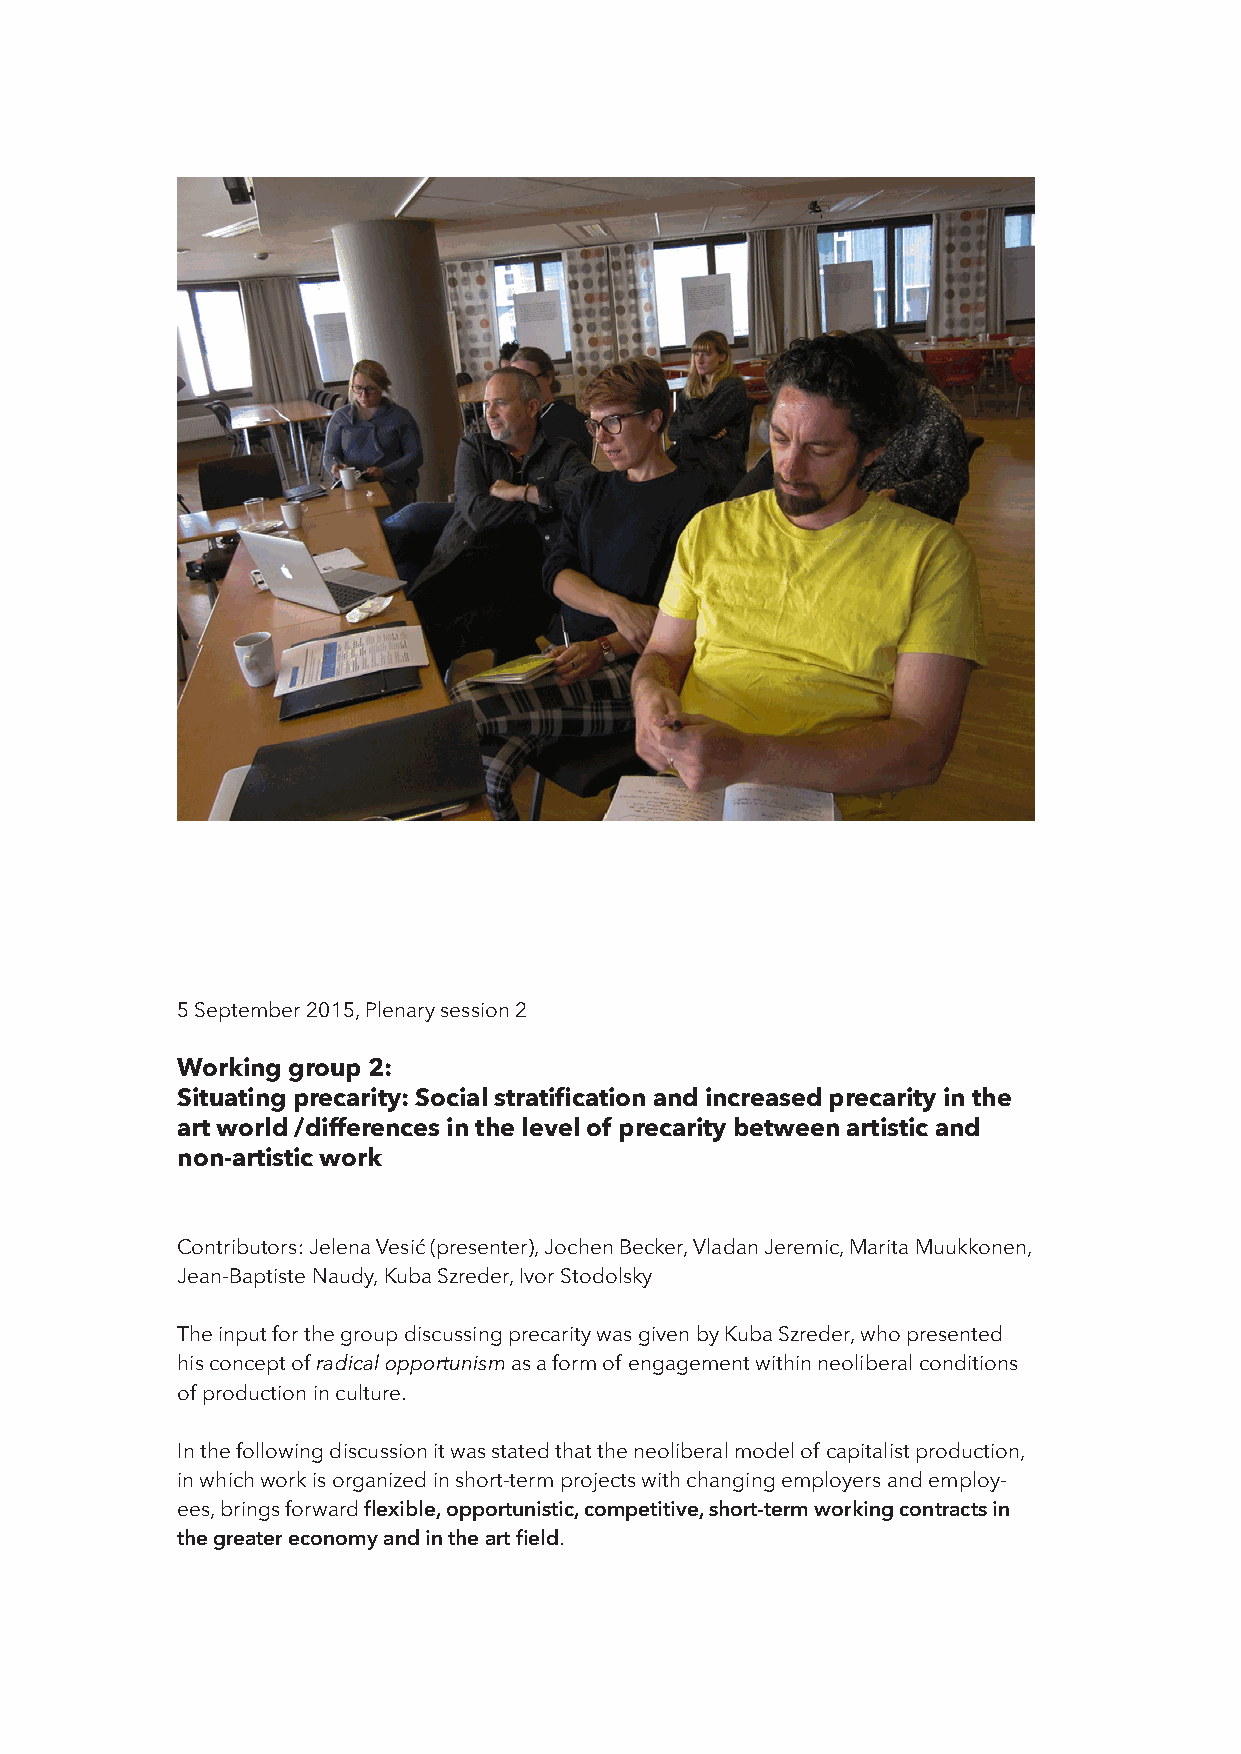
5 September 2015, Plenary session 2
 Working group 2:
 Situating precarity: Social stratification and increased precarity in the
 art world /differences in the level of precarity between artistic and
 non-artistic work
 Contributors: Jelena Vesić (presenter), Jochen Becker, Vladan Jeremic, Marita Muukkonen,
 Jean-Baptiste Naudy, Kuba Szreder, Ivor Stodolsky
 The input for the group discussing precarity was given by Kuba Szreder, who presented
 his concept of radical opportunism as a form of engagement within neoliberal conditions
 of production in culture.
 In the following discussion it was stated that the neoliberal model of capitalist production,
 in which work is organized in short-term projects with changing employers and employ-
 ees, brings forward flexible, opportunistic, competitive, short-term working contracts in
 the greater economy and in the art field.